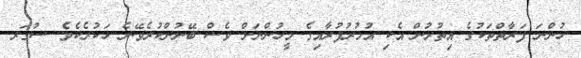
ހުންނަ ފަރާތްތަކުގެ އިތުރުން އެކި އުމުރުފުރާއިގެ މީހުންނަށް ވެސް ބޭނުންކުރެވޭނެ ހަކުރެކެވެ. ސުގަރ